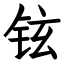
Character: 铉